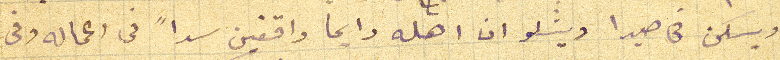
ويسكن فى صيدا ويشلو ان اهله دايما واقفين سداً فى اعماله وفى